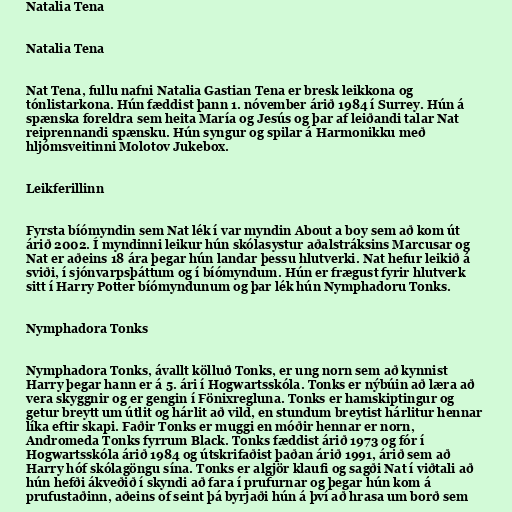
Natalia Tena

Natalia Tena

Nat Tena, fullu nafni Natalia Gastian Tena er bresk leikkona og
tónlistarkona. Hún fæddist þann 1. nóvember árið 1984 í Surrey. Hún á
spænska foreldra sem heita María og Jesús og þar af leiðandi talar Nat
reiprennandi spænsku. Hún syngur og spilar á Harmonikku með
hljómsveitinni Molotov Jukebox.

Leikferillinn

Fyrsta bíómyndin sem Nat lék í var myndin About a boy sem að kom út
árið 2002. Í myndinni leikur hún skólasystur aðalstráksins Marcusar og
Nat er aðeins 18 ára þegar hún landar þessu hlutverki. Nat hefur leikið á
sviði, í sjónvarpsþáttum og í bíómyndum. Hún er frægust fyrir hlutverk
sitt í Harry Potter bíómyndunum og þar lék hún Nymphadoru Tonks.

Nymphadora Tonks

Nymphadora Tonks, ávallt kölluð Tonks, er ung norn sem að kynnist
Harry þegar hann er á 5. ári í Hogwartsskóla. Tonks er nýbúin að læra að
vera skyggnir og er gengin í Fönixregluna. Tonks er hamskiptingur og
getur breytt um útlit og hárlit að vild, en stundum breytist hárlitur hennar
líka eftir skapi. Faðir Tonks er muggi en móðir hennar er norn,
Andromeda Tonks fyrrum Black. Tonks fæddist árið 1973 og fór í
Hogwartsskóla árið 1984 og útskrifaðist þaðan árið 1991, árið sem að
Harry hóf skólagöngu sína. Tonks er algjör klaufi og sagði Nat í viðtali að
hún hefði ákveðið í skyndi að fara í prufurnar og þegar hún kom á
prufustaðinn, aðeins of seint þá byrjaði hún á því að hrasa um borð sem